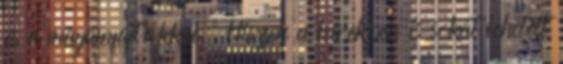
és a magamfajtákkal. Hiszen a hírekben is sokat lehetett